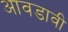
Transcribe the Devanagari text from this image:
आवडावी